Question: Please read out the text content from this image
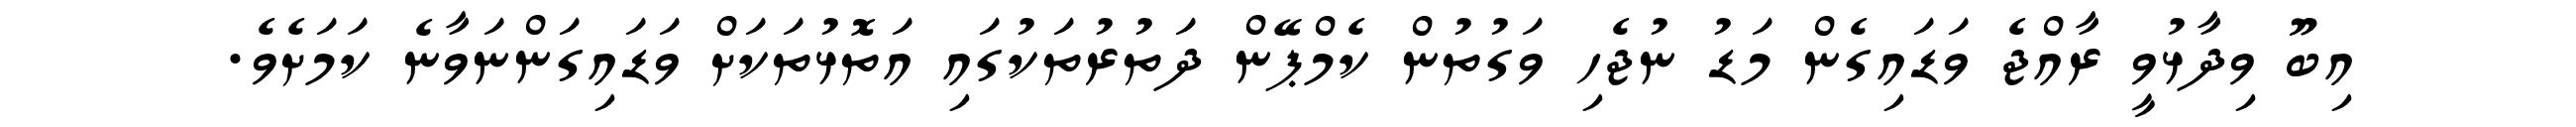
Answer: އިބޫ ވިދާޅުވީ ރާއްޖެ ވަޑައިގެން މަޑު ނުޖެހި ވަގުތުން ކެމްޕޭން ދަތުރުތަކުގައި އަތޮޅުތަކަށް ވަޑައިގަންނަވާނެ ކަމަށެވެ.